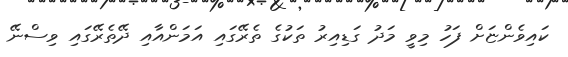
ކައިވެންޏަށް ފަހު މިވީ މަދު ގަޑިއިރު ތަކުގެ ތެރޭގައި އަމަންއާއި ދޭތެރޭގައި ވިސްނޭ